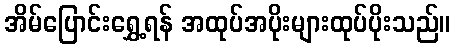
အိမ်ပြောင်းရွှေ့ရန် အထုပ်အပိုးများထုပ်ပိုးသည်။